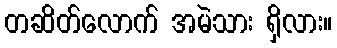
တဆိတ်လောက် အမဲသား ရှိလား။